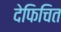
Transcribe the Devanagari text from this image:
देफिचित